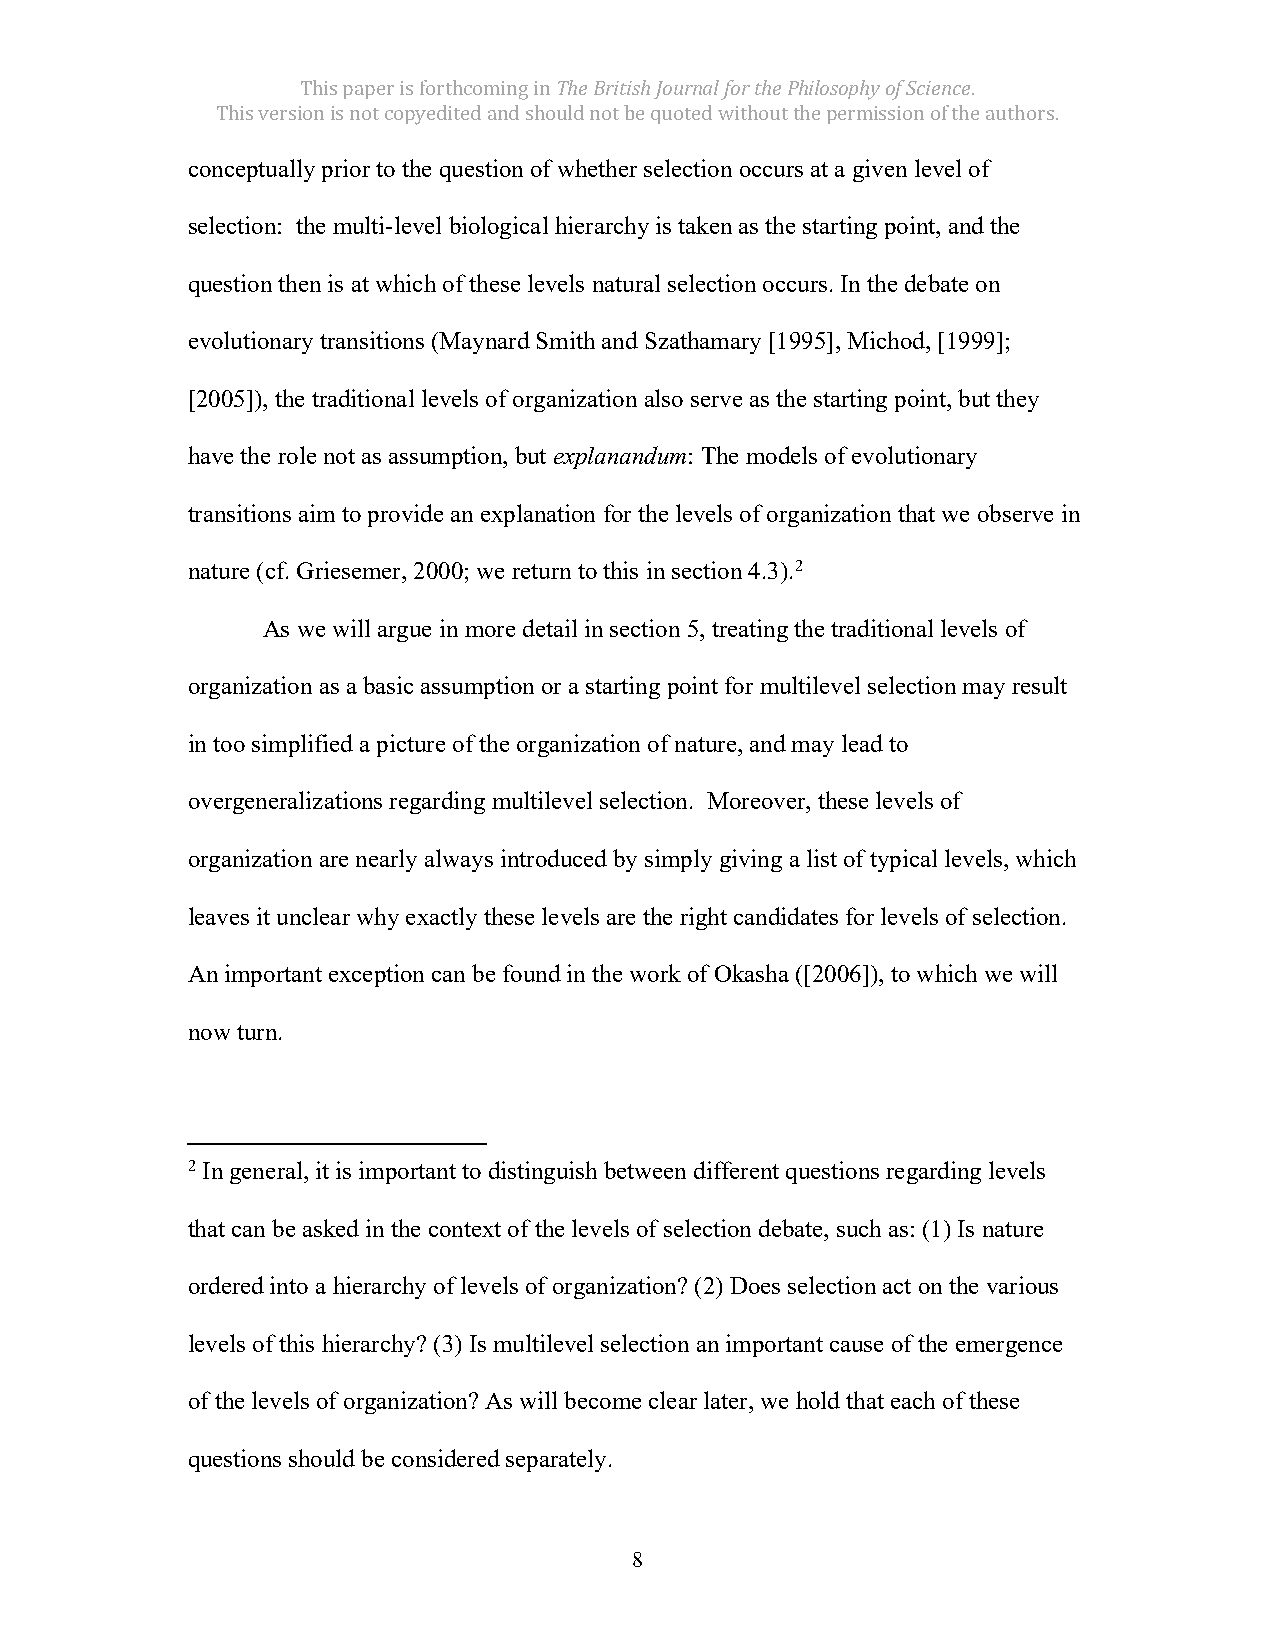
This paper is forthcoming in The British Journal for the Philosophy of Science.
 This version is not copyedited and should not be quoted without the permission of the authors.
 conceptually prior to the question of whether selection occurs at a given level of
 selection: the multi-level biological hierarchy is taken as the starting point, and the
 question then is at which of these levels natural selection occurs. In the debate on
 evolutionary transitions (Maynard Smith and Szathamary [1995], Michod, [1999];
 [2005]), the traditional levels of organization also serve as the starting point, but they
 have the role not as assumption, but explanandum: The models of evolutionary
 transitions aim to provide an explanation for the levels of organization that we observe in
 nature (cf. Griesemer, 2000; we return to this in section 4.3).2
 As we will argue in more detail in section 5, treating the traditional levels of
 organization as a basic assumption or a starting point for multilevel selection may result
 in too simplified a picture of the organization of nature, and may lead to
 overgeneralizations regarding multilevel selection. Moreover, these levels of
 organization are nearly always introduced by simply giving a list of typical levels, which
 leaves it unclear why exactly these levels are the right candidates for levels of selection.
 An important exception can be found in the work of Okasha ([2006]), to which we will
 now turn.
 2 In general, it is important to distinguish between different questions regarding levels
 that can be asked in the context of the levels of selection debate, such as: (1) Is nature
 ordered into a hierarchy of levels of organization? (2) Does selection act on the various
 levels of this hierarchy? (3) Is multilevel selection an important cause of the emergence
 of the levels of organization? As will become clear later, we hold that each of these
 questions should be considered separately.
 8